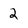
Character: 2